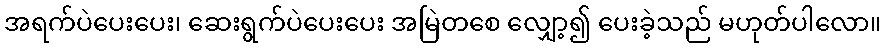
အရက်ပဲပေးပေး၊ ဆေးရွက်ပဲပေးပေး အမြဲတစေ လျှော့၍ ပေးခဲ့သည် မဟုတ်ပါလော။